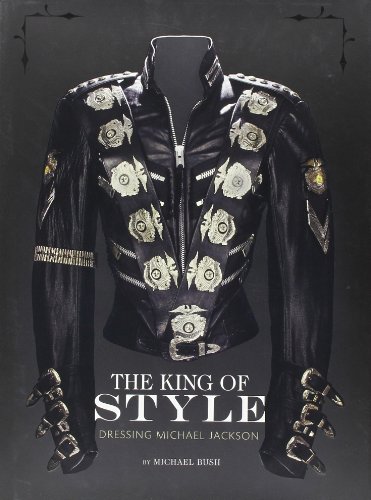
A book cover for The King of Style: Dressing Michael Jackson; Michael Bush; Arts & Photography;